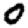
Digit: 0